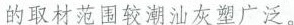
的取材范围较潮汕灰塑广泛。